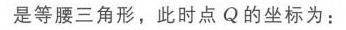
是等腰三角形，此时点\(Q\)的坐标为：